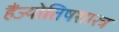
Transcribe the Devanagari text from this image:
हैंज्योतिषशास्त्र